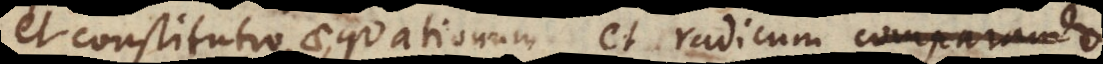
et constitutio aequationum et radicum co